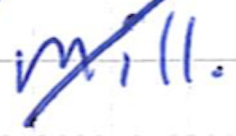
Text: mill.
Cross-out: mix
Writing tool: ballpoint